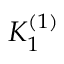
K _ { 1 } ^ { ( 1 ) }